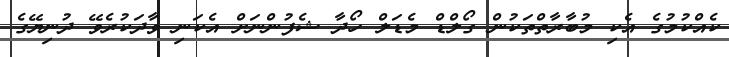
ކެއްކުމުގެ އެކި މުބާރާތްތަކުން ގޯލްޑް މެޑަލް ހޯދާ ޝެފުންނަށް އެކަނި ވާދަކުރެވޭ ދުނިޔޭގެ